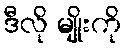
ဒီလို မျိုးကို